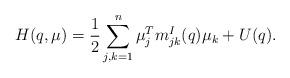
LaTeX: \begin{align*}H(q,\mu)= \frac{1}{2} \sum_{j,k=1}^n \mu_j^T m^I_{jk}(q) \mu_k + U(q).\end{align*}